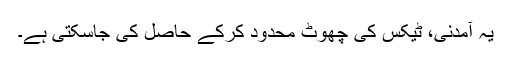
یہ آمدنی، ٹیکس کی چھوٹ محدود کرکے حاصل کی جاسکتی ہے۔